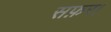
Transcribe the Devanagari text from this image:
सफ़र।